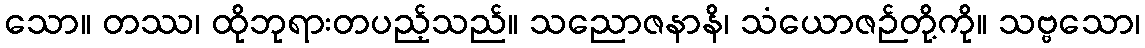
သော။ တဿ၊ ထိုဘုရားတပည့်သည်။ သညောဇနာနိ၊ သံယောဇဉ်တို့ကို။ သဗ္ဗသော၊